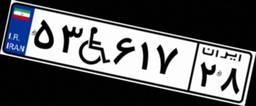
۵۳W۶۱۷۲۸